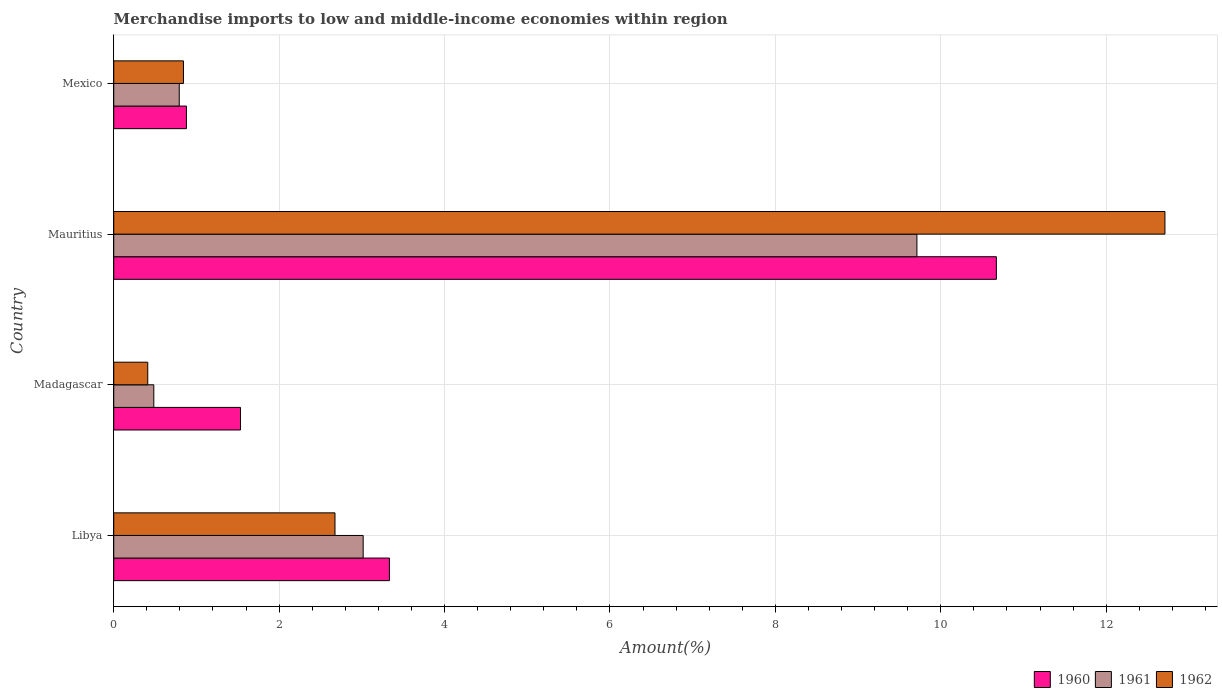
| Country | 1960 | 1961 | 1962 |
 | --- | --- | --- | --- |
 | Libya | 3.33 | 3.02 | 2.68 |
 | Madagascar | 1.53 | 0.484 | 0.411 |
 | Mauritius | 10.7 | 9.71 | 12.7 |
 | Mexico | 0.879 | 0.792 | 0.843 |